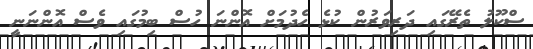
ސްކޫލު ތެރޭގައި ދަރިވަރުން ކުޅެ ހެދުމަށް އޮންނަ ހުސް ބިމުގައި ވެސް އޮންނަނީ